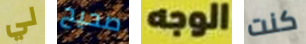
لي صحيح الوجه كنت